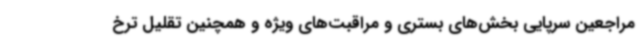
مراجعین سرپایی بخش‌های بستری و مراقبت‌های ویژه و همچنین تقلیل ترخ